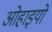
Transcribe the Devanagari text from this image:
ओहाइयो